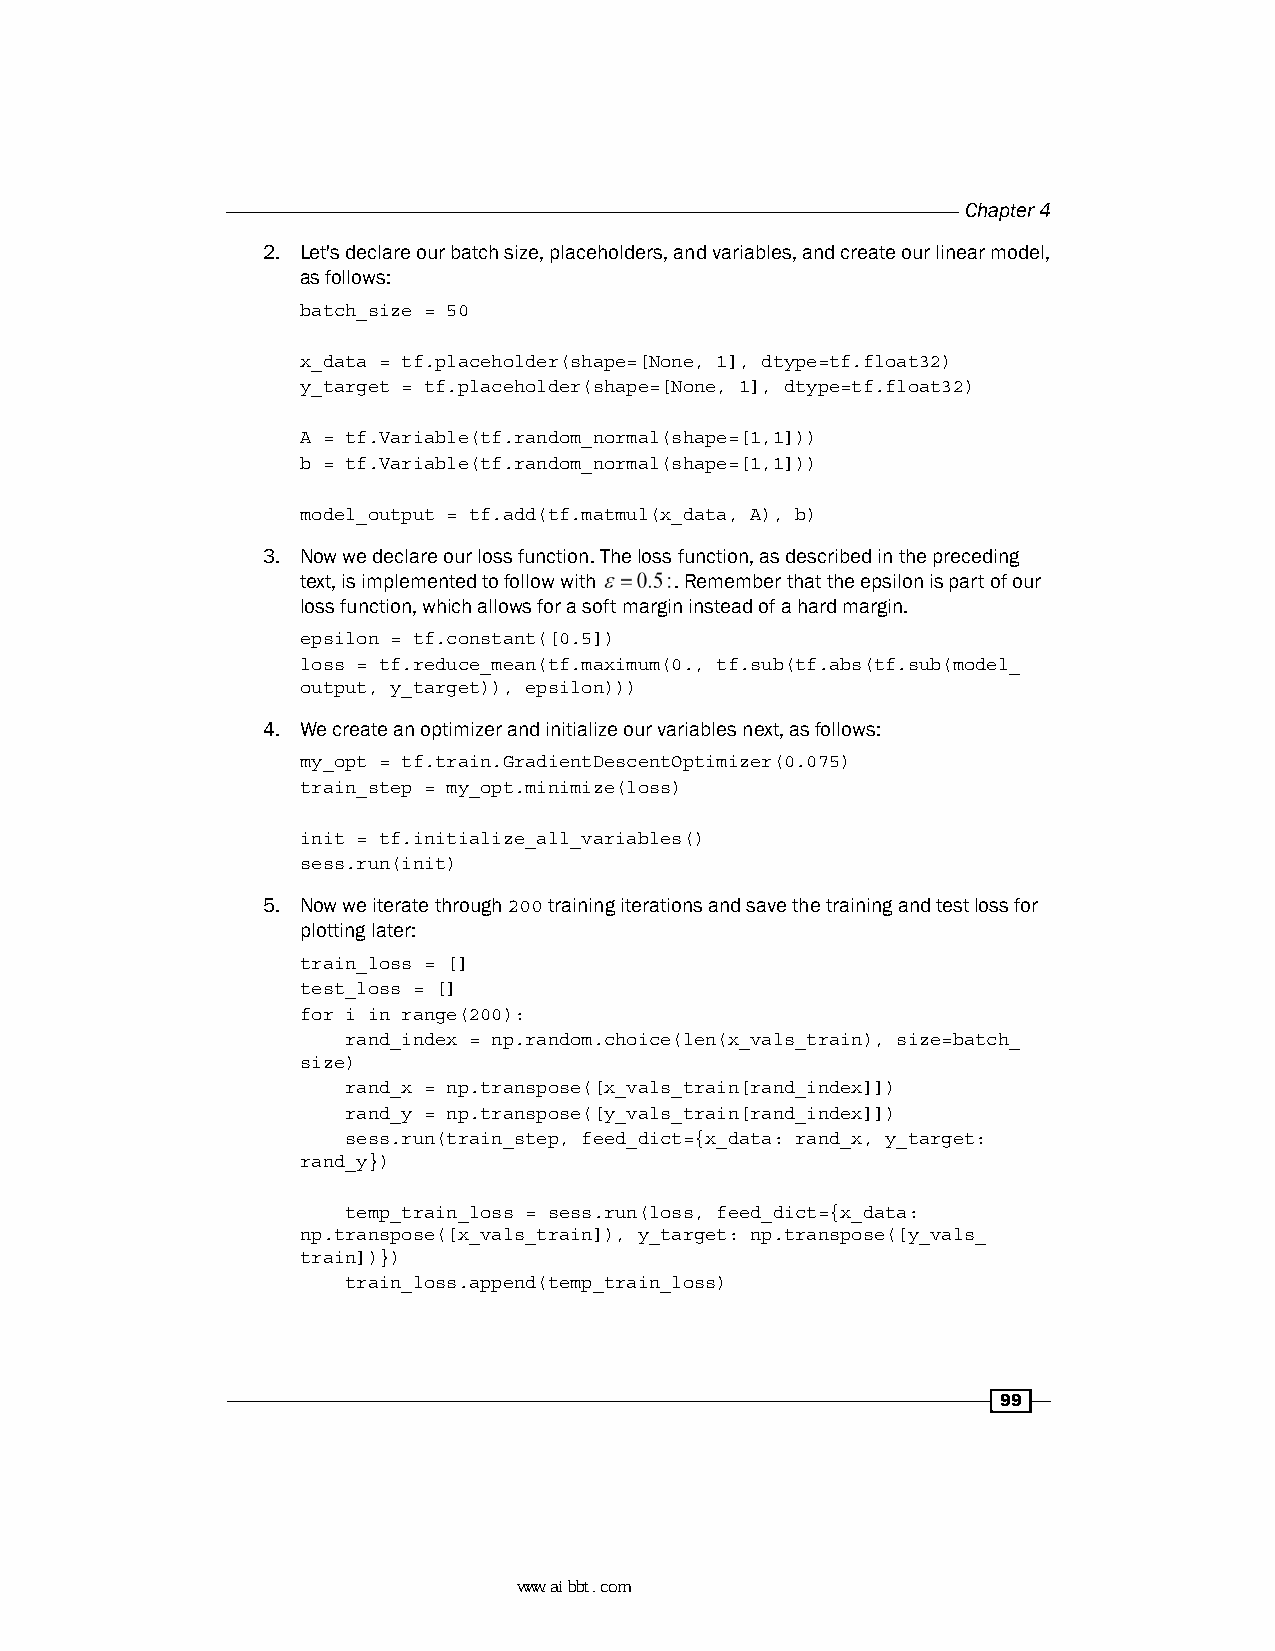
Chapter 4
 2. Let's declare our batch size, placeholders, and variables, and create our linear model,
 as follows:
 batch_size = 50
 x_data = tf.placeholder(shape=[None, 1], dtype=tf.float32)
 y_target = tf.placeholder(shape=[None, 1], dtype=tf.float32)
 A = tf.Variable(tf.random_normal(shape=[1,1]))
 b = tf.Variable(tf.random_normal(shape=[1,1]))
 model_output = tf.add(tf.matmul(x_data, A), b)
 3. Now we declare our loss function. The loss function, as described in the preceding
 text, is implemented to follow with . Remember that the epsilon is part of our
 loss function, which allows for a soft margin instead of a hard margin.
 epsilon = tf.constant([0.5])
 loss = tf.reduce_mean(tf.maximum(0., tf.sub(tf.abs(tf.sub(model_
 output, y_target)), epsilon)))
 4. We create an optimizer and initialize our variables next, as follows:
 my_opt = tf.train.GradientDescentOptimizer(0.075)
 train_step = my_opt.minimize(loss)
 init = tf.initialize_all_variables()
 sess.run(init)
 5. Now we iterate through 200 training iterations and save the training and test loss for
 plotting later:
 train_loss = []
 test_loss = []
 for i in range(200):
 rand_index = np.random.choice(len(x_vals_train), size=batch_
 size)
 rand_x = np.transpose([x_vals_train[rand_index]])
 rand_y = np.transpose([y_vals_train[rand_index]])
 sess.run(train_step, feed_dict={x_data: rand_x, y_target:
 rand_y})
 temp_train_loss = sess.run(loss, feed_dict={x_data:
 np.transpose([x_vals_train]), y_target: np.transpose([y_vals_
 train])})
 train_loss.append(temp_train_loss)
 99
 www.aibbt.com 让未来触手可及